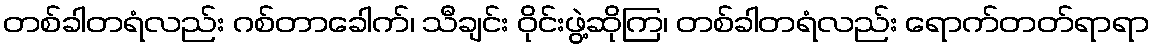
တစ်ခါတရံလည်း ဂစ်တာခေါက်၊ သီချင်း ဝိုင်းဖွဲ့ဆိုကြ၊ တစ်ခါတရံလည်း ရောက်တတ်ရာရာ